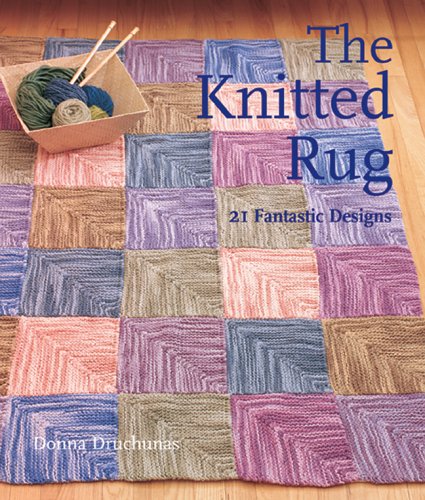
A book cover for The Knitted Rug: 21 Fantastic Designs; Donna Druchunas; Crafts, Hobbies & Home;